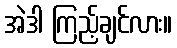
အဲဒါ ကြည့်ချင်လား။